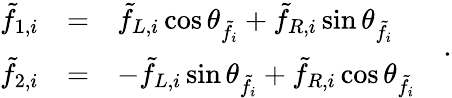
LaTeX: \begin{array}{rcl}{{\tilde{f}_{1,i}}}&{{=}}&{{\tilde{f}_{L,i}\cos\theta_{\tilde{f}_{i}}+\tilde{f}_{R,i}\sin\theta_{\tilde{f}_{i}}}}\\ {{\tilde{f}_{2,i}}}&{{=}}&{{-\tilde{f}_{L,i}\sin\theta_{\tilde{f}_{i}}+\tilde{f}_{R,i}\cos\theta_{\tilde{f}_{i}}}}\end{array}\quad.